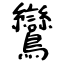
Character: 鸞